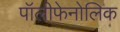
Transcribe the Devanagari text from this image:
पॉलीफेनोलिक